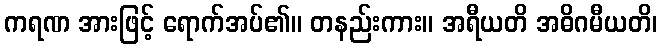
ကရဏ အားဖြင့် ရောက်အပ်၏။ တနည်းကား။ အရီယတိ အဓိဂမီယတိ၊